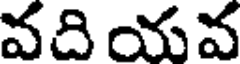
వది యవ